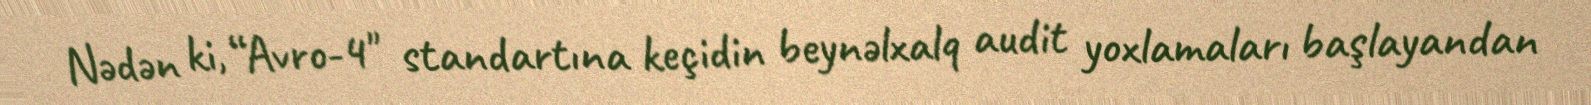
Nədən ki, “Avro-4" standartına keçidin beynəlxalq audit yoxlamaları başlayandan